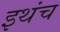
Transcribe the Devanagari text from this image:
इथंच